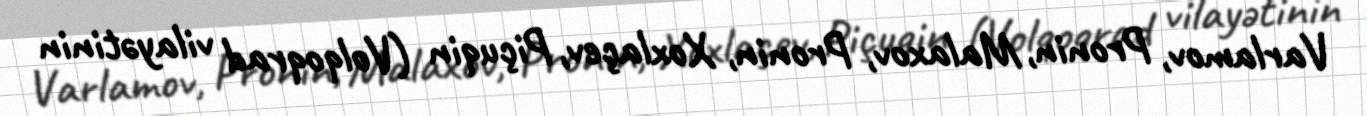
Varlamov, Pronin, Malaxov, Pronin, Xoxlaçev, Piçuqin (Volqoqrad vilayətinin